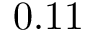
0 . 1 1